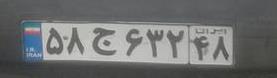
۵۸ج۶۳۲۴۸